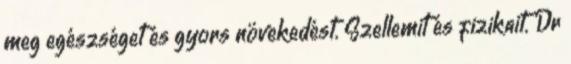
meg egészséget és gyors növekedést. Szellemit és fizikait. Dr